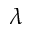
\lambda